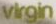
virgin